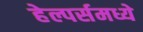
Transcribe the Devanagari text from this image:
हेल्पर्समध्ये